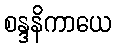
စန္ဒနိကာယေ